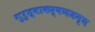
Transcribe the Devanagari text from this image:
गुरुत्वाकर्षणजन्य